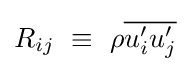
R_{ij}\ \equiv \ \rho {\overline {u'_{i}u'_{j}}}